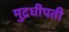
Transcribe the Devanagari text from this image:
मुद्रधीपती